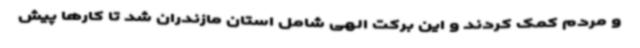
و مردم کمک کردند و این برکت الهی شامل استان مازندران شد تا کارها پیش